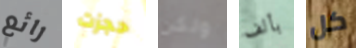
رائع حجزت ولكن بألف كل